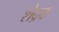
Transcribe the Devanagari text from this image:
शेद्रक